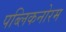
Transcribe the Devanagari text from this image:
पब्लिकनोरम